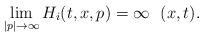
LaTeX: \begin{align*}\lim_{|p| \to \infty} H_{i}(t,x,p) = \infty \, \, \, \, (x,t).\end{align*}